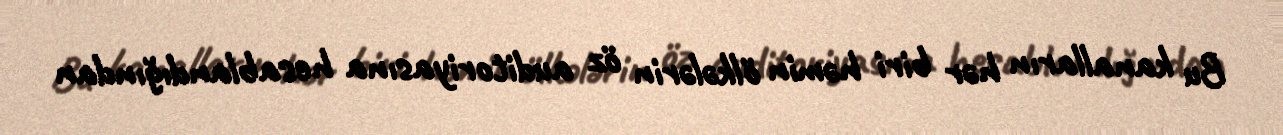
Bu kanalların hər biri həmin ölkələrin öz auditoriyasına hesablandığından